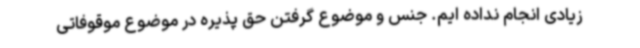
زیادی انجام نداده ایم. جنس و موضوع گرفتن حق پذیره در موضوع موقوفاتی